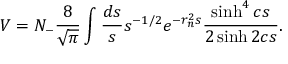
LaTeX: V = N _ { - } \frac { 8 } { \sqrt { \pi } } \int \frac { d s } { s } s ^ { - 1 / 2 } e ^ { - r _ { n } ^ { 2 } s } \frac { \sinh ^ { 4 } c s } { 2 \sinh 2 c s } .